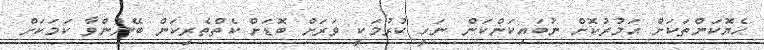
ހެޔޮކަންތަކަށް އަމުރުކޮށް ނުބައިކަންކަން ނަހީ ކުރުމަކީ ވަރަށް ބޮޑަށް ކެތްތެރިކަން ބޭނުންވާ ކަމަކަށް